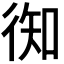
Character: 𢔊